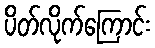
ပိတ်လိုက်ကြောင်း